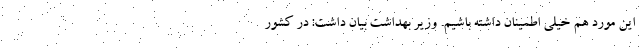
این مورد هم خیلی اطمینان داشته باشیم. وزیر بهداشت بیان داشت: در کشور